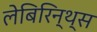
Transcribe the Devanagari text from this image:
लेबिरिन्थ्स